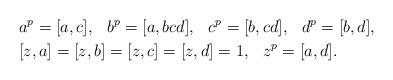
LaTeX: \begin{align*}& a^p=[a,c], \hskip3mm b^p=[a,bcd], \hskip3mm c^p=[b,cd], \hskip3mm d^p=[b,d],\\& [z,a]=[z,b]=[z,c]=[z,d]=1, \hskip3mm z^p=[a,d].\end{align*}